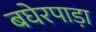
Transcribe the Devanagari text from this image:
बघेरपाड़ा